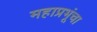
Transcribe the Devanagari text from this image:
महाप्रभूंचा